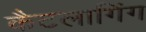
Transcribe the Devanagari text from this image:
कैटलागिंग